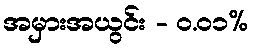
အမှားအယွင်း - ၀.၀၁%